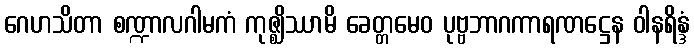
ဂေဟသိတာ စဏ္ဍာလဂါမကံ ကုဇ္ဈိဿာမိ ခေတ္တမေဝ ပုဗ္ဗဘာဂကာရဏဋ္ဌေန ဝါနရိန္ဒံ